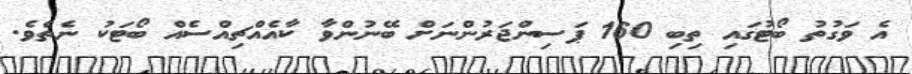
އެ ވަގުތު ބޯޓުގައި ތިބި 160 ޕަސިންޖަރުންނަށް ބޭނުންވާ ކާއެއްޗިއްސެއް ބޯޓަކު ނެތެވެ.